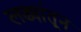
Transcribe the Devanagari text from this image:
लढ्यांतून